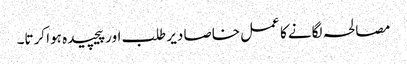
مصالحہ لگانے کا عمل خاصا دیر طلب اور پیچیدہ ہوا کرتا۔